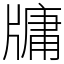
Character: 牗